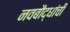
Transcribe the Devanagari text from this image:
नवबौद्धांची